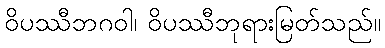
ဝိပဿီဘဂဝါ၊ ဝိပဿီဘုရားမြတ်သည်။